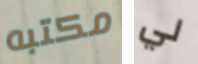
مكتبه لي